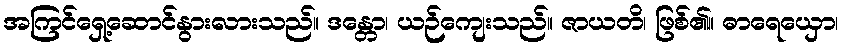
အကြင်ရှေ့ဆောင်နွားလားသည်။ ဒန္တော၊ ယဉ်ကျေးသည်။ ဇာယတိ၊ ဖြစ်၏။ ဓာရေယှော၊